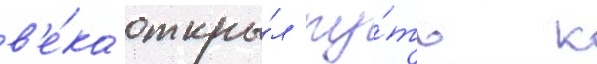
в'е́ка откры́л пу́ть к